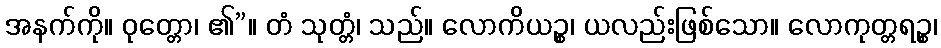
အနက်ကို။ ဝုတ္တော၊ ၏”။ တံ သုတ္တံ၊ သည်။ လောကိယဉ္စ၊ ယလည်းဖြစ်သော။ လောကုတ္တရဉ္စ၊